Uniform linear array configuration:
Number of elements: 4
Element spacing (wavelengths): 1
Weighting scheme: binomial
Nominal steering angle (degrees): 60
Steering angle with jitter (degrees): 60.27
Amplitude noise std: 0.05
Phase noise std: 0.05

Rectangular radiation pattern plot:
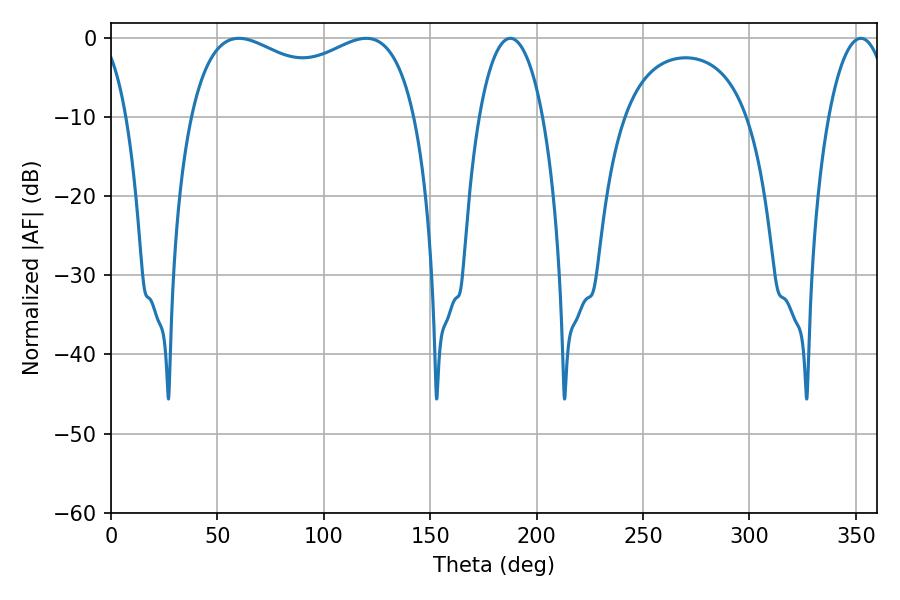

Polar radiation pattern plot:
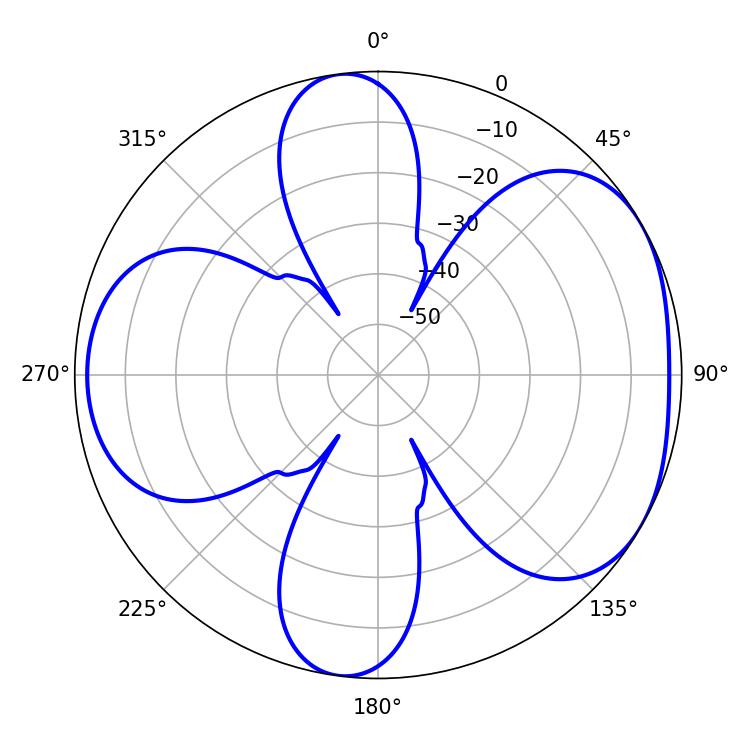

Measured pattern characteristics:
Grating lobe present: TRUE
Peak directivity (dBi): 4.781
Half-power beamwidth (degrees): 87.84
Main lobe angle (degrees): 60.12